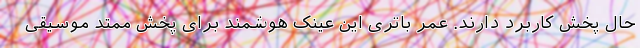
حال پخش کاربرد دارند. عمر باتری این عینک هوشمند برای پخش ممتد موسیقی